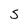
Character: S